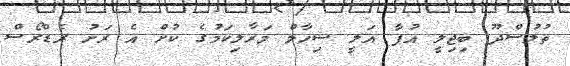
ތުލުސްދޫ ބިޖިލީ އުފާ އަލީ ޝިހާމް މަރާލިކަމުގެ ކުށް އެ ރަށު ރެޑްރޯސް